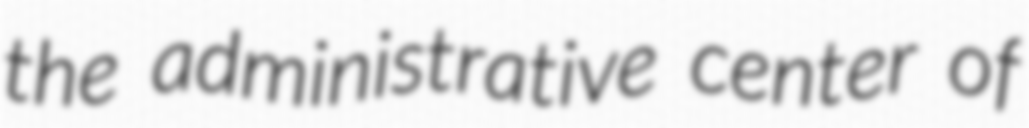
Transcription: the administrative center of